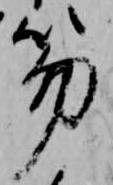
笏